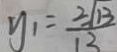
y _ { 1 } = \frac { 2 \sqrt { 1 3 } } { 1 3 }